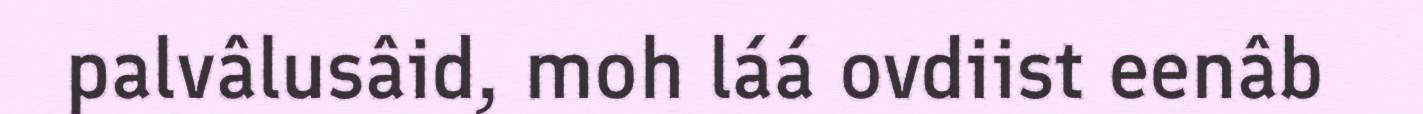
palvâlusâid, moh láá ovdiist eenâb